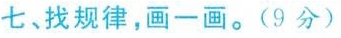
七、找规律，画一画。(9分)